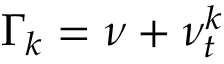
\Gamma _ { k } = \nu + \nu _ { t } ^ { k }